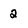
Character: 2